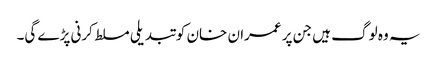
یہ وہ لوگ ہیں جن پر عمران خان کو تبدیلی مسلط کرنی پڑے گی۔